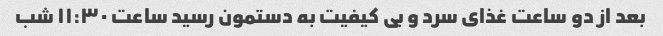
بعد از دو ساعت غذای سرد و بی کیفیت به دستمون رسید ساعت ١١:٣٠ شب